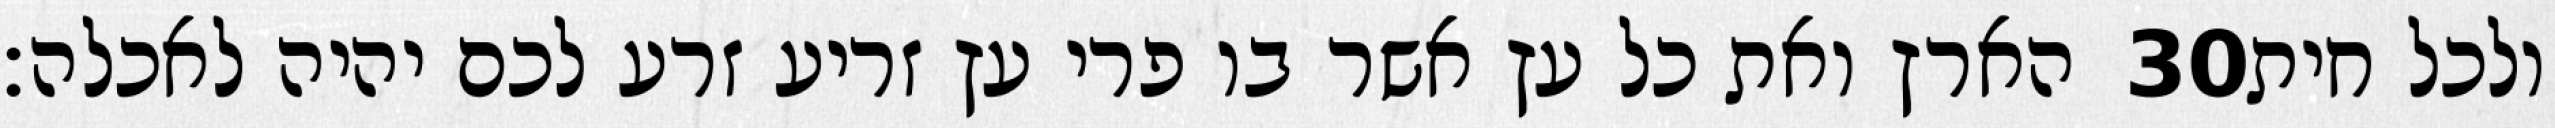
הארץ ואת כל עץ אשר בו פרי עץ זריע זרע לכם יהיה לאכלה׃ ‎30‏ ולכל חית